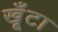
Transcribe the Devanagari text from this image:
खूँटा